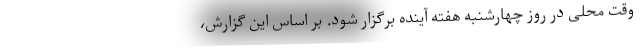
وقت محلی در روز چهارشنبه هفته آینده برگزار شود. بر اساس این گزارش،